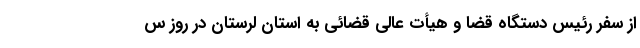
از سفر رئیس دستگاه قضا و هیأت عالی قضائی به استان لرستان در روز س